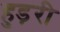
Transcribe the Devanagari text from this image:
हुड़री